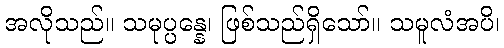
အလိုသည်။ သမုပ္ပန္နေ၊ ဖြစ်သည်ရှိသော်။ သမူလံအပိ၊